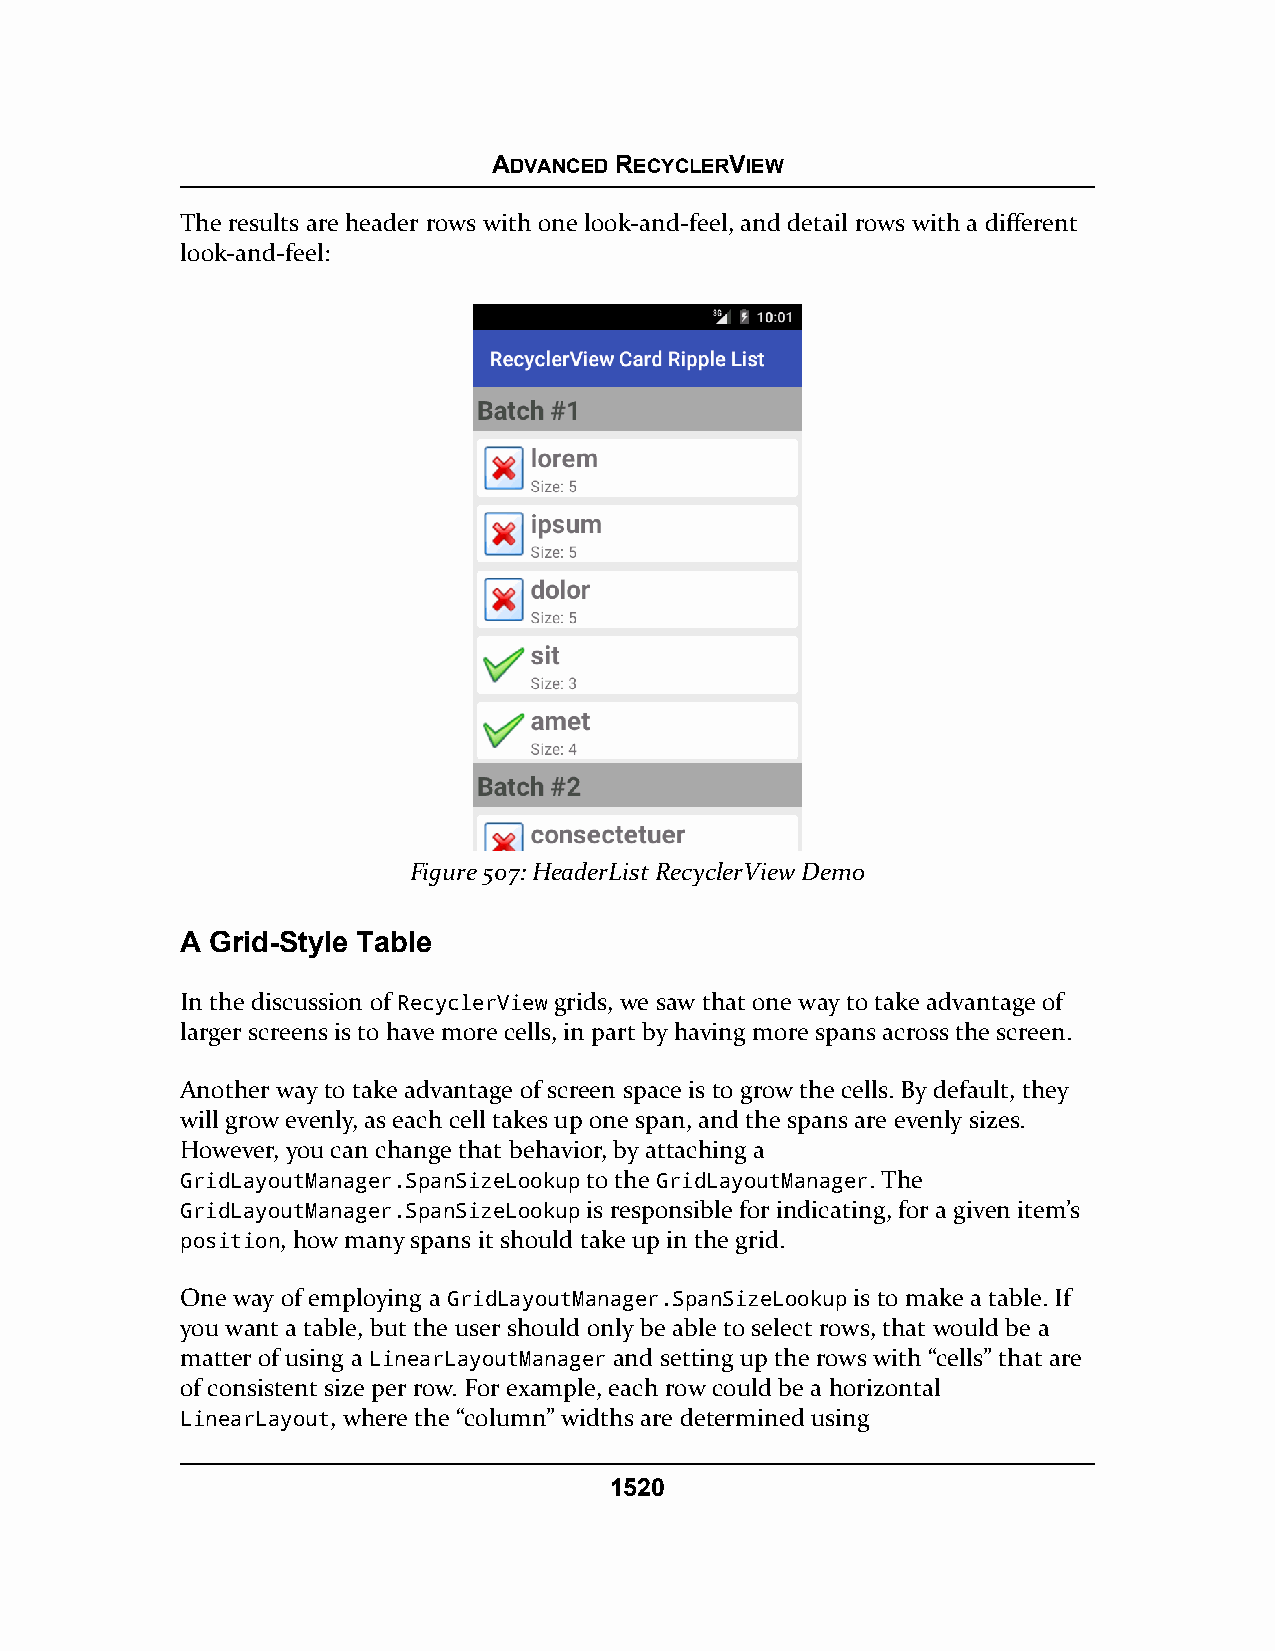
ADVANCED RECYCLERVIEW
 The results are header rows with one look-and-feel, and detail rows with a different
 look-and-feel:
 Figure 507: HeaderList RecyclerView Demo
 A Grid-Style Table
 In the discussion of RecyclerView grids, we saw that one way to take advantage of
 larger screens is to have more cells, in part by having more spans across the screen.
 Another way to take advantage of screen space is to grow the cells. By default, they
 will grow evenly, as each cell takes up one span, and the spans are evenly sizes.
 However, you can change that behavior, by attaching a
 GridLayoutManager.SpanSizeLookup to the GridLayoutManager. The
 GridLayoutManager.SpanSizeLookup is responsible for indicating, for a given item’s
 position, how many spans it should take up in the grid.
 One way of employing a GridLayoutManager.SpanSizeLookup is to make a table. If
 you want a table, but the user should only be able to select rows, that would be a
 matter of using a LinearLayoutManager and setting up the rows with “cells” that are
 of consistent size per row. For example, each row could be a horizontal
 LinearLayout, where the “column” widths are determined using
 1520